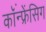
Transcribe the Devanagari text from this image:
कॉंन्फ्रेंसिग